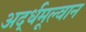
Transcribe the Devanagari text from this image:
अर्द्धमूल्वान